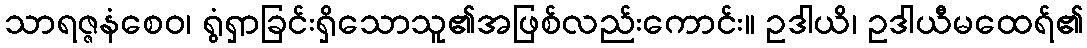
သာရဇ္ဇနံစေဝ၊ ရွံရှာခြင်းရှိသောသူ၏အဖြစ်လည်းကောင်း။ ဥဒါယိ၊ ဥဒါယီမထေရ်၏